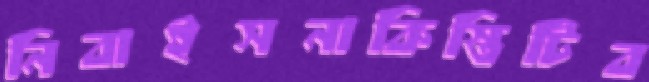
নিবাইসনাকিস্তিটিব